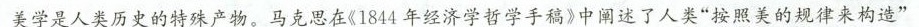
美学是人类历史的特殊产物。马克思在1844年经济学哲学手稿》中阐述了人类”接照美的规律来构造”